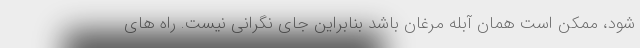
شود، ممکن است همان آبله مرغان باشد بنابراین جای نگرانی نیست. راه های